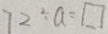
7 2 \div a = \square